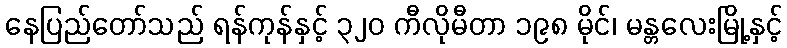
နေပြည်တော်သည် ရန်ကုန်နှင့် ၃၂၀ ကီလိုမီတာ ၁၉၈ မိုင်၊ မန္တလေးမြို့နှင့်